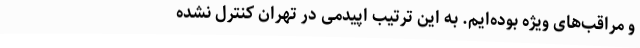
و مراقب‌های ویژه بوده‌ایم. به این ترتیب اپیدمی در تهران کنترل نشده